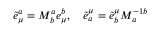
\widetilde { e } _ { \mu } ^ { a } = M _ { b } ^ { a } e _ { \mu } ^ { b } , \quad \widetilde { e } _ { a } ^ { \mu } = \widetilde { e } _ { b } ^ { \mu } M _ { a } ^ { - 1 b }